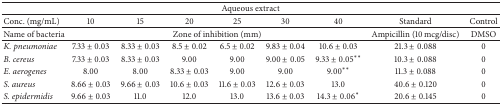
| <COLSPAN=9> Aqueous extract |
 | --- | --- | --- | --- | --- | --- | --- | --- | --- |
 | Conc. (mg/mL) | 10 | 15 | 20 | 25 | 30 | 40 | Standard | Control |
 | Name of bacteria | <COLSPAN=6> Zone of inhibition (mm) | Ampicillin (10 mcg/disc) | DMSO |
 | K. pneumoniae | 7.33 ± 0.03 | 8.33 ± 0.03 | 8.5 ± 0.02 | 6.5 ± 0.02 | 9.83 ± 0.04 | 10.6 ± 0.03 | 21.3 ± 0.088 | 0 |
 | B. cereus | 7.33 ± 0.03 | 8.33 ± 0.03 | 9.00 | 9.00 | 9.00 ± 0.05 | 9.33 ± 0.05** | 10.3 ± 0.088 | 0 |
 | E. aerogenes | 8.00 | 8.00 | 8.33 ± 0.03 | 9.00 | 9.00 | 9.00** | 11.3 ± 0.088 | 0 |
 | S. aureus | 8.66 ± 0.03 | 9.66 ± 0.03 | 10.6 ± 0.03 | 11.6 ± 0.03 | 12.6 ± 0.03 | 13.0 | 40.6 ± 0.120 | 0 |
 | S. epidermidis | 9.66 ± 0.03 | 11.0 | 12.0 | 13.0 | 13.6 ± 0.03 | 14.3 ± 0.06* | 20.6 ± 0.145 | 0 |